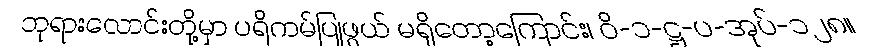
ဘုရားလောင်းတို့မှာ ပရိကမ်ပြုဖွယ် မရှိတော့ကြောင်း၊ ဝိ-၁-ဋ္ဌ-ပ-အုပ်-၁၂၈။